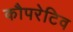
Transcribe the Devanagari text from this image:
कौपरेटिव